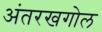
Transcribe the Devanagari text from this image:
अंतरखगोल